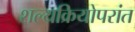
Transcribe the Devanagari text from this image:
शल्यक्रियोपरांत